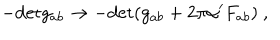
LaTeX: - \mathrm { d e t } g _ { a b } \to - \mathrm { d e t } ( g _ { a b } + 2 \pi \alpha ^ { \prime } F _ { a b } ) \ ,